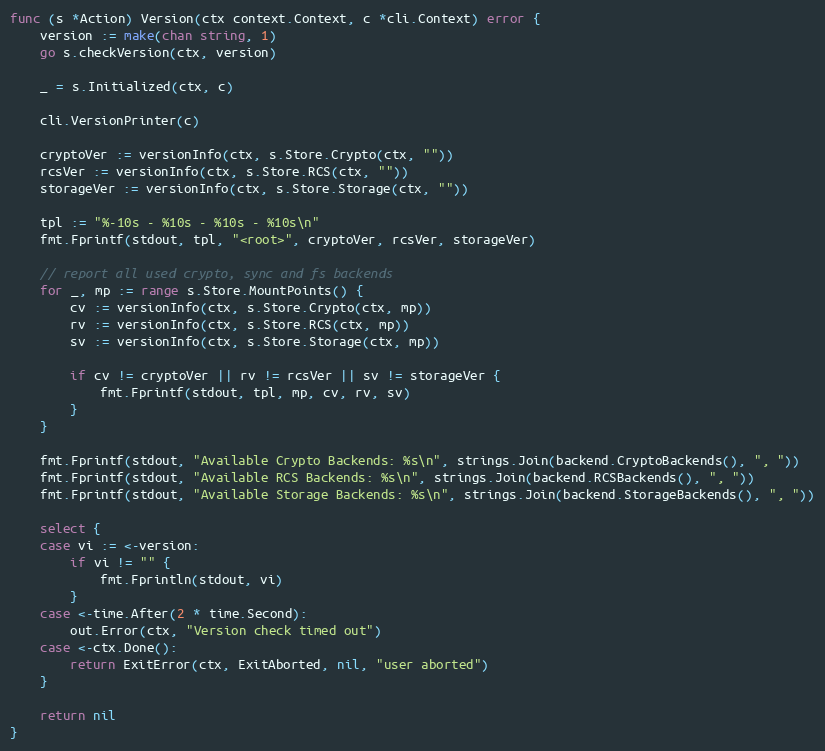
Language: Go
func (s *Action) Version(ctx context.Context, c *cli.Context) error {
	version := make(chan string, 1)
	go s.checkVersion(ctx, version)

	_ = s.Initialized(ctx, c)

	cli.VersionPrinter(c)

	cryptoVer := versionInfo(ctx, s.Store.Crypto(ctx, ""))
	rcsVer := versionInfo(ctx, s.Store.RCS(ctx, ""))
	storageVer := versionInfo(ctx, s.Store.Storage(ctx, ""))

	tpl := "%-10s - %10s - %10s - %10s\n"
	fmt.Fprintf(stdout, tpl, "<root>", cryptoVer, rcsVer, storageVer)

	// report all used crypto, sync and fs backends
	for _, mp := range s.Store.MountPoints() {
		cv := versionInfo(ctx, s.Store.Crypto(ctx, mp))
		rv := versionInfo(ctx, s.Store.RCS(ctx, mp))
		sv := versionInfo(ctx, s.Store.Storage(ctx, mp))

		if cv != cryptoVer || rv != rcsVer || sv != storageVer {
			fmt.Fprintf(stdout, tpl, mp, cv, rv, sv)
		}
	}

	fmt.Fprintf(stdout, "Available Crypto Backends: %s\n", strings.Join(backend.CryptoBackends(), ", "))
	fmt.Fprintf(stdout, "Available RCS Backends: %s\n", strings.Join(backend.RCSBackends(), ", "))
	fmt.Fprintf(stdout, "Available Storage Backends: %s\n", strings.Join(backend.StorageBackends(), ", "))

	select {
	case vi := <-version:
		if vi != "" {
			fmt.Fprintln(stdout, vi)
		}
	case <-time.After(2 * time.Second):
		out.Error(ctx, "Version check timed out")
	case <-ctx.Done():
		return ExitError(ctx, ExitAborted, nil, "user aborted")
	}

	return nil
}